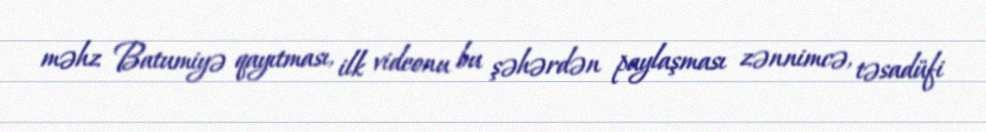
məhz Batumiyə qayıtması, ilk videonu bu şəhərdən paylaşması zənnimcə, təsadüfi